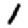
Digit: 1